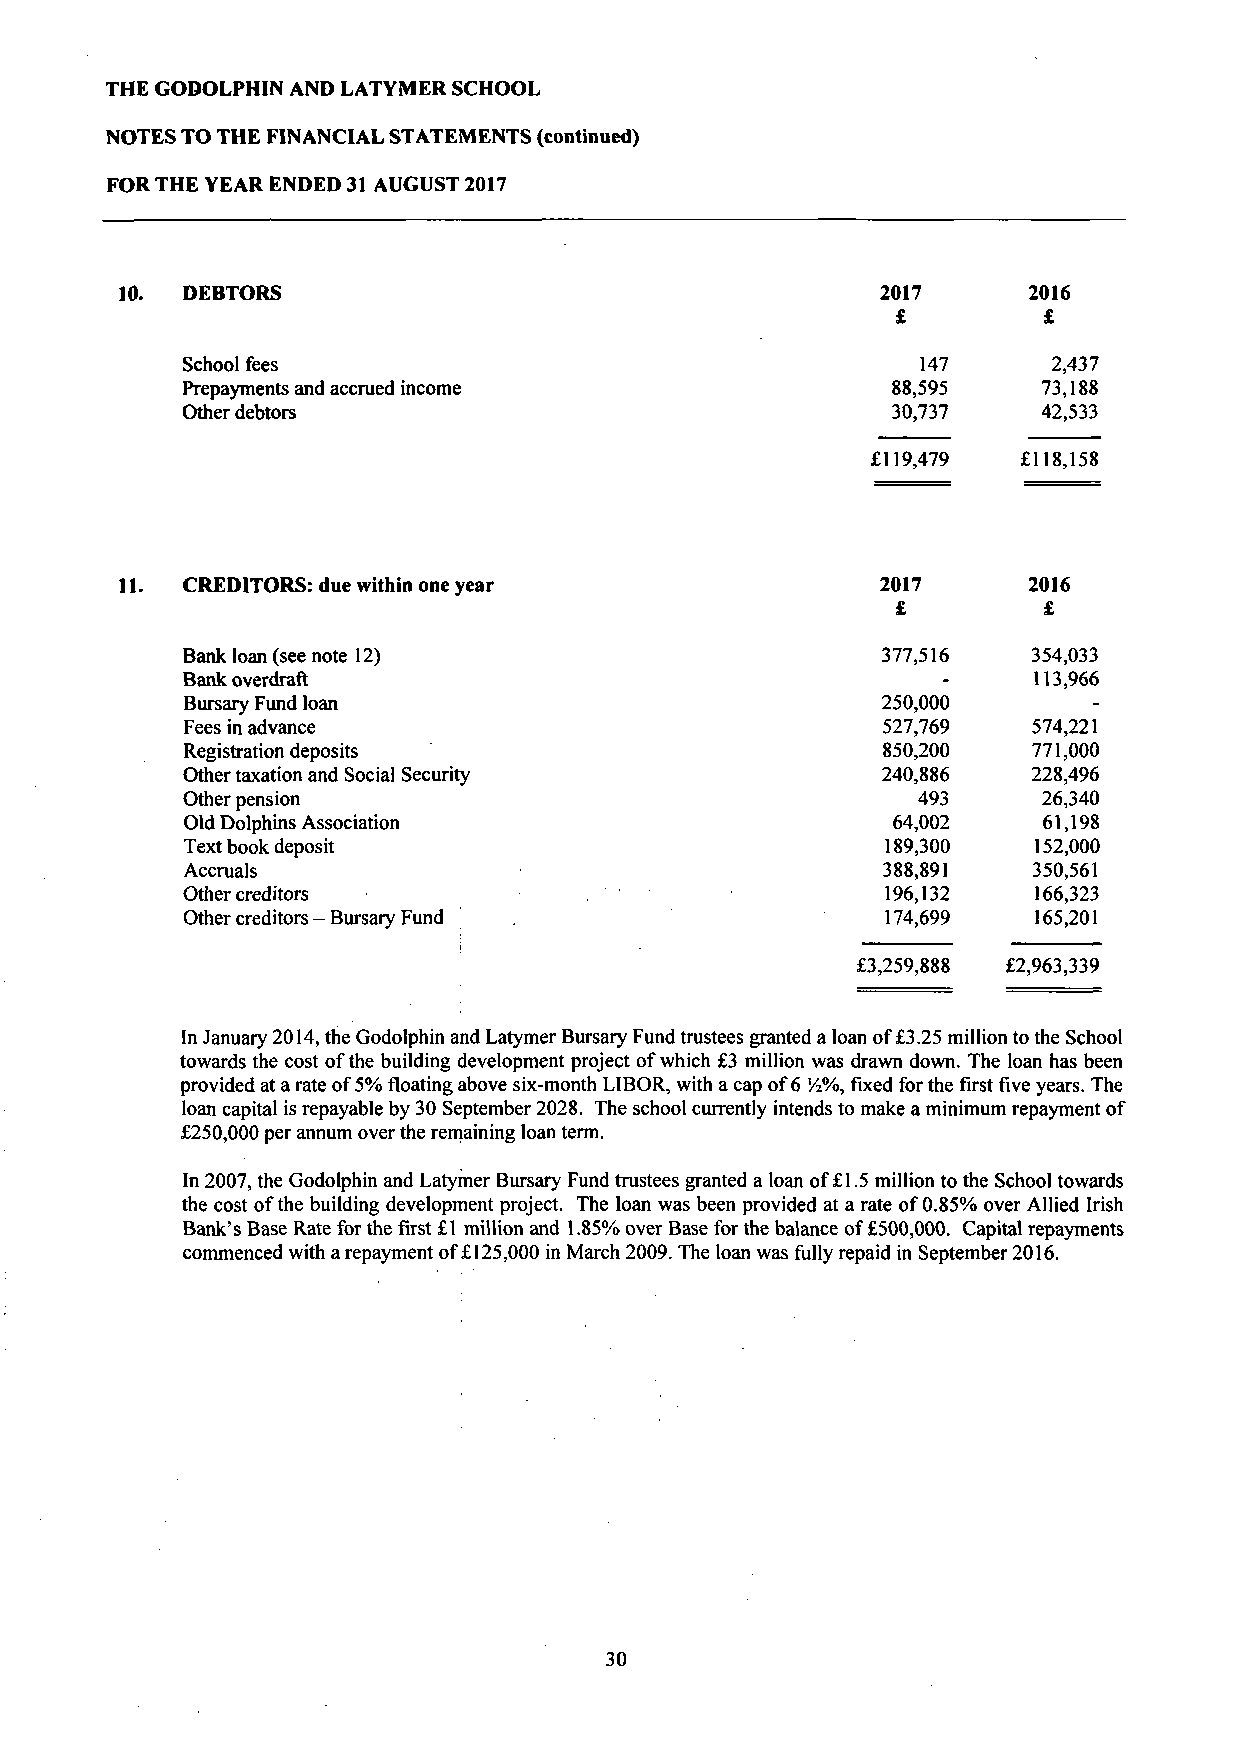
THE GODOLPHIN AND LATYMER SCHOOL
 NOTES TO THE FINANCIAL STATEMENTS (continued)
 FOR THE YEAR ENDED 31 AUGUST 2017
 10. DEBTORS                                       2017      2016
 £         £
 School fees                                      147      2,437
 Prepayments and accrued income                 88,595    73,188
 Other debtors                                  30,737    42,533
 £119,479  £118,158
 11. CREDITORS: due within one year                 2017      2016
 £         £
 Bank loan (see note 12)                        377,516   354,033
 Bank overdraft                                    -     113,966
 Bursary Fund loan                              250,000
 Fees in advance                                527,769   574,221
 Registration deposits                          850,200  771,000
 Other taxation and Social Security             240,886   228,496
 Other pension                                    493     26,340
 Old Dolphins Association                       64,002    61,198
 Text book deposit                              189,300   152,000
 Accruals                                      388,891   350,561
 Other creditors                                196,132   166,323
 Other creditors - Bursary Fund .               174,699   165,201
 £3,259,888 £2,963,339
 In January 2014, the Godolphin and Latymer Bursary Fund trustees granted a loan of £3.25 million to the School
 towards the cost of the building development project of which £3 million was drawn down. The loan has been
 provided at a rate of 5% floating above six-month LIBOR, with a cap of 6 Vz%, fixed for the first five years. The
 loan capital is repayable by 30 September 2028. The school currently intends to make a minimum repayment of
 £250,000 per annum over the remaining loan term.
 In 2007, the Godolphin and Latymer Bursary Fund trustees granted a loan of £1.5 million to the School towards
 the cost of the building development project. The loan was been provided at a rate of 0.85% over Allied Irish
 Bank's Base Rate for the first £1 million and 1.85% over Base for the balance of £500,000. Capital repayments
 commenced with a repayment of £125,000 in March 2009. The loan was fully repaid in September 2016.
 30